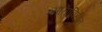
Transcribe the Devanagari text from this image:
माताविहीन